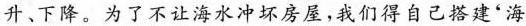
升、下降。为了不让海水冲坏房屋，我们得自己搭建'海